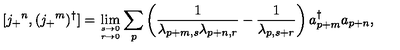
[ j _ { + } { } ^ { n } , ( j _ { + } { } ^ { m } ) ^ { \dagger } ] = \lim _ { s \to 0 \atop r \to 0 } \sum _ { p } \left( \frac { 1 } { \lambda _ { p + m , s } \lambda _ { p + n , r } } - \frac { 1 } { \lambda _ { p , s + r } } \right) a _ { p + m } ^ { \dagger } a _ { p + n } ,